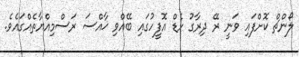
ލޯންޗް ކޮށްފައި ވަނީ ރޭ ދިރާގު ހެޑް އޮފީހުގައި ބޭއްވި ޚާއްސަ ރަސްމިއްޔާތެއްގައެވެ.